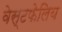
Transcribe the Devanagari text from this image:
वेस्टफेलिय